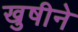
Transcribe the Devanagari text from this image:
खुषीने